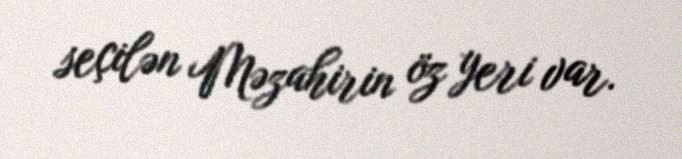
seçilən Məzahirin öz yeri var.